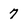
Character: 7